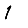
Digit: 1